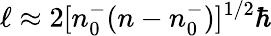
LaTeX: \ell\approx 2[n_{0}^{-}(n-n_{0}^{-})]^{1/2}\hbar